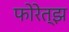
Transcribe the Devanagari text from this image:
फोरेत्झ